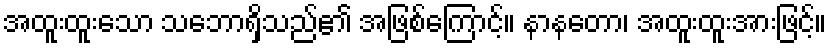
အထူးထူးသော သဘောရှိသည်၏ အဖြစ်ကြောင့်။ နာနတော၊ အထူးထူးအားဖြင့်။